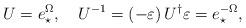
LaTeX: \begin{align*}U=e_{\star }^{\Omega },\quad U^{-1}=\left( -\varepsilon \right) U^{\dagger}\varepsilon =e_{\star }^{-\Omega }, \end{align*}